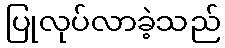
ပြုလုပ်လာခဲ့သည်